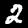
Digit: 2